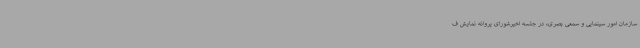
سازمان امور سینمایی و سمعی بصری، در جلسه اخیرشورای پروانه نمایش ف